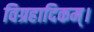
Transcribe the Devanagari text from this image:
विग्रहादिकम्।